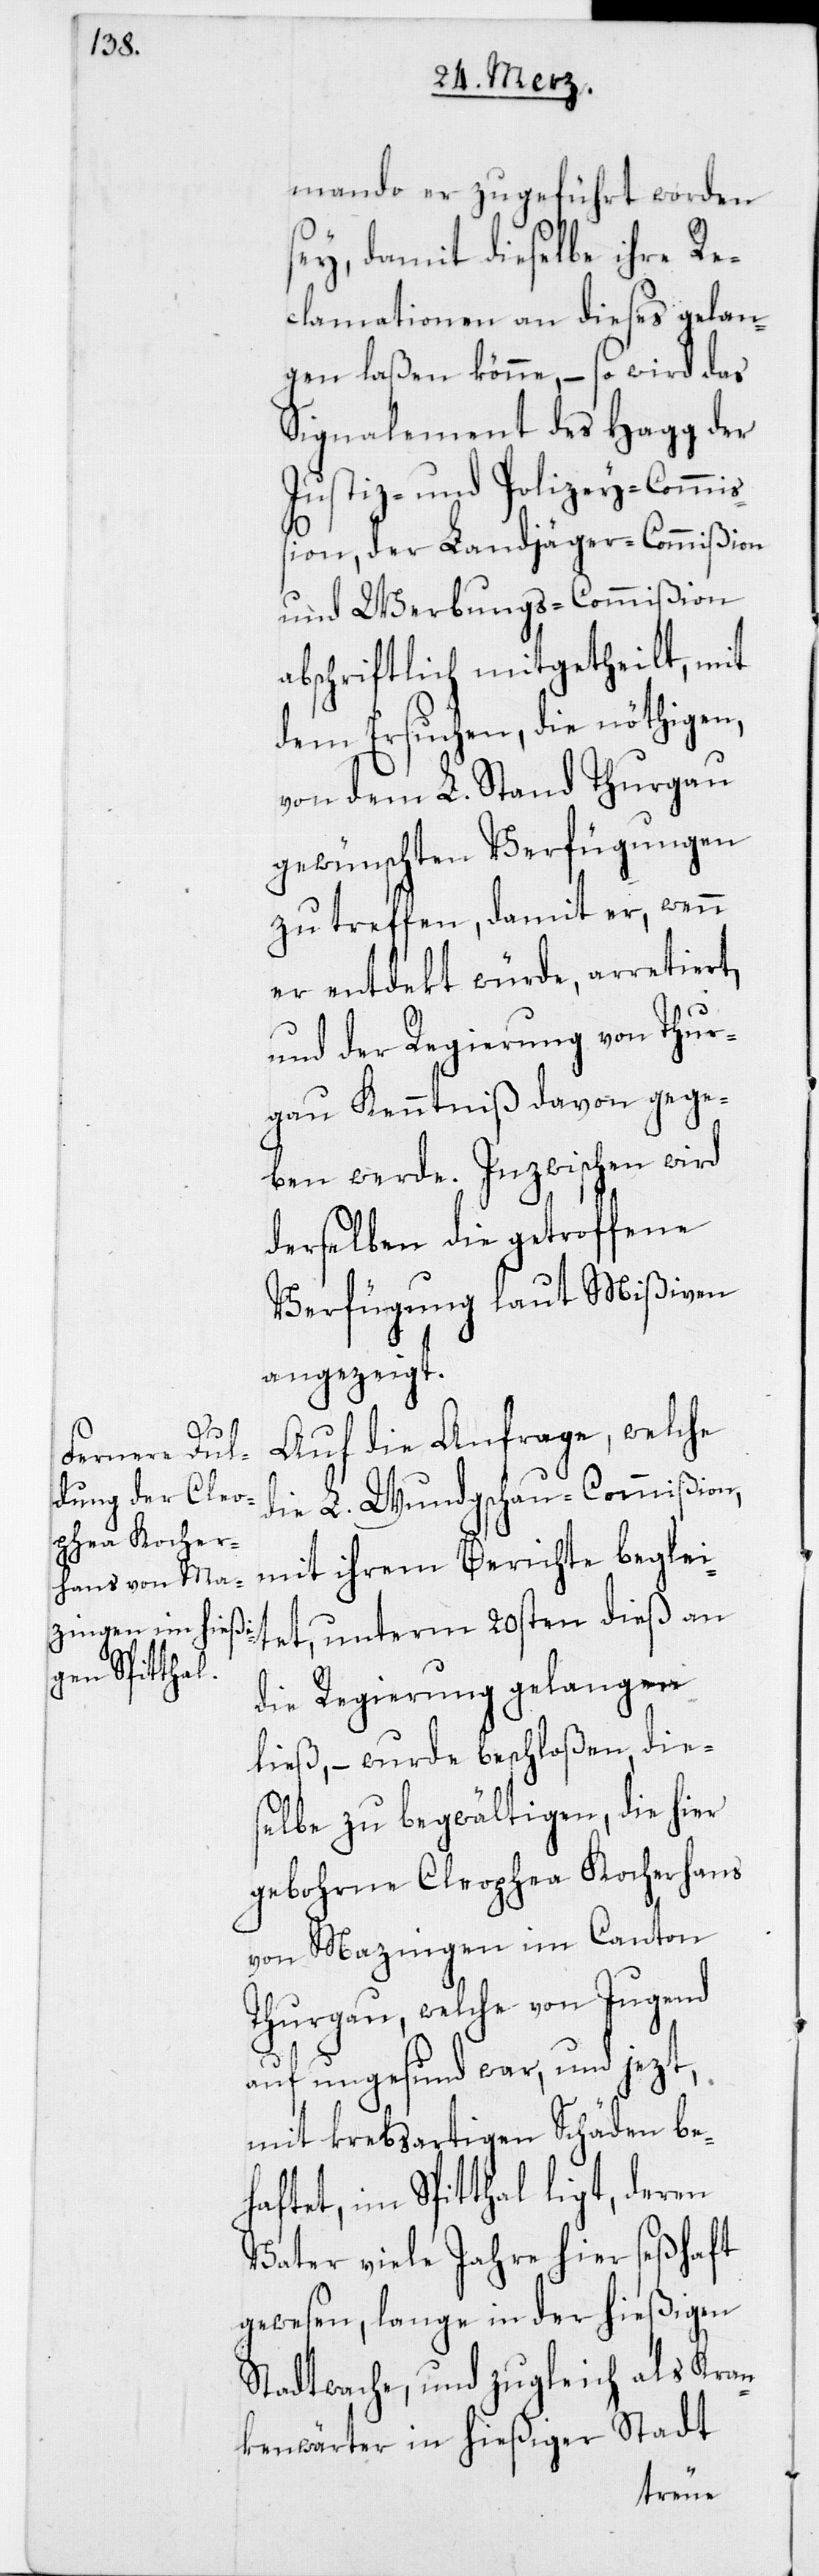
mando er zugeführt worden
sey, damit dieselbe ihre Re¬
clamationen an dieses gelan¬
gen laßen könne, – so wird das
Signalement des Hagg der
Justiz- und Polizey-Commiß¬
ion, der Landjäger-Commißion
und Werbungs-Commißion
abschriftlich mitgetheilt, mit
dem Ersuchen, die nöthigen,
von dem L. Stand Thurgau
gewünschten Verfügungen
zu treffen, damit er, wenn
er entdekt würde, arretiert,
und der Regierung von Thur¬
gau Kenntniß davon gege¬
ben werde. Inzwischen wird
derselben die getroffene
Verfügung laut Mißiven
angezeigt.
Auf die Anfrage, welche
die L. Wundgschau-Commißion,
mit ihrem Berichte beglei¬
tet, unterm 20sten dieß an
die Regierung gelangen
ließ, – wurde beschloßen, die¬
selbe zu begwältigen, die hier
gebohrne Cleophea Kocherhans
von Mazingen im Canton
Thurgau, welche von Jugend
auf ungesund war, und jezt,
mit krebsartigen Schäden be¬
haftet, im Spitthal ligt, deren
Vater viele Jahre hier seßhaft
gewesen, lange in der hießigen
Stadtwache, und zugleich als Kran¬
kenwärter in hießiger Stadt